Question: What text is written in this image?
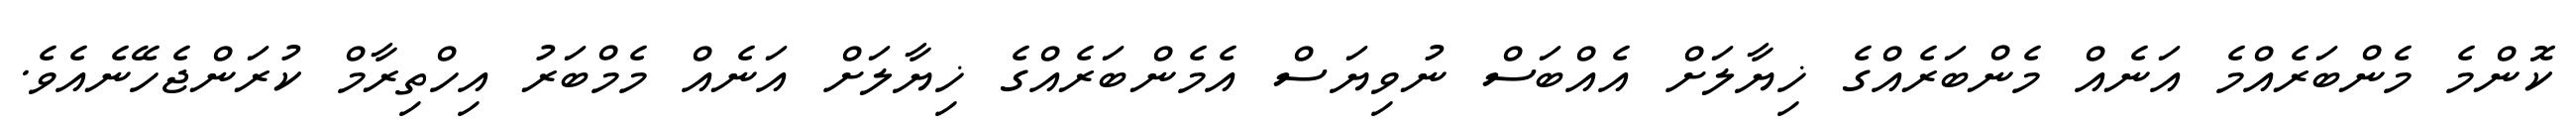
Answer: ކޮންމެ މެންބަރެއްމެ އަނެއް މެންބަރެއްގެ ޚިޔާލަށް އެއްބަސް ނުވިޔަސް އެމެންބަރެއްގެ ޚިޔާލަށް އަނެއް މެމްބަރު އިހްތިރާމް ކުރަންޖެހޭނެއެވެ.